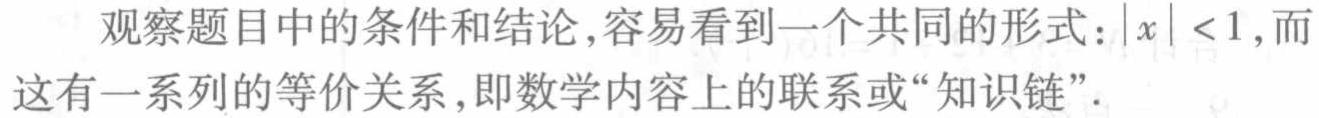
观察题目中的条件和结论,容易看到一个共同的形式：\(\vert x\vert < 1\),而这有一系列的等价关系,即数学内容上的联系或“知识链”.